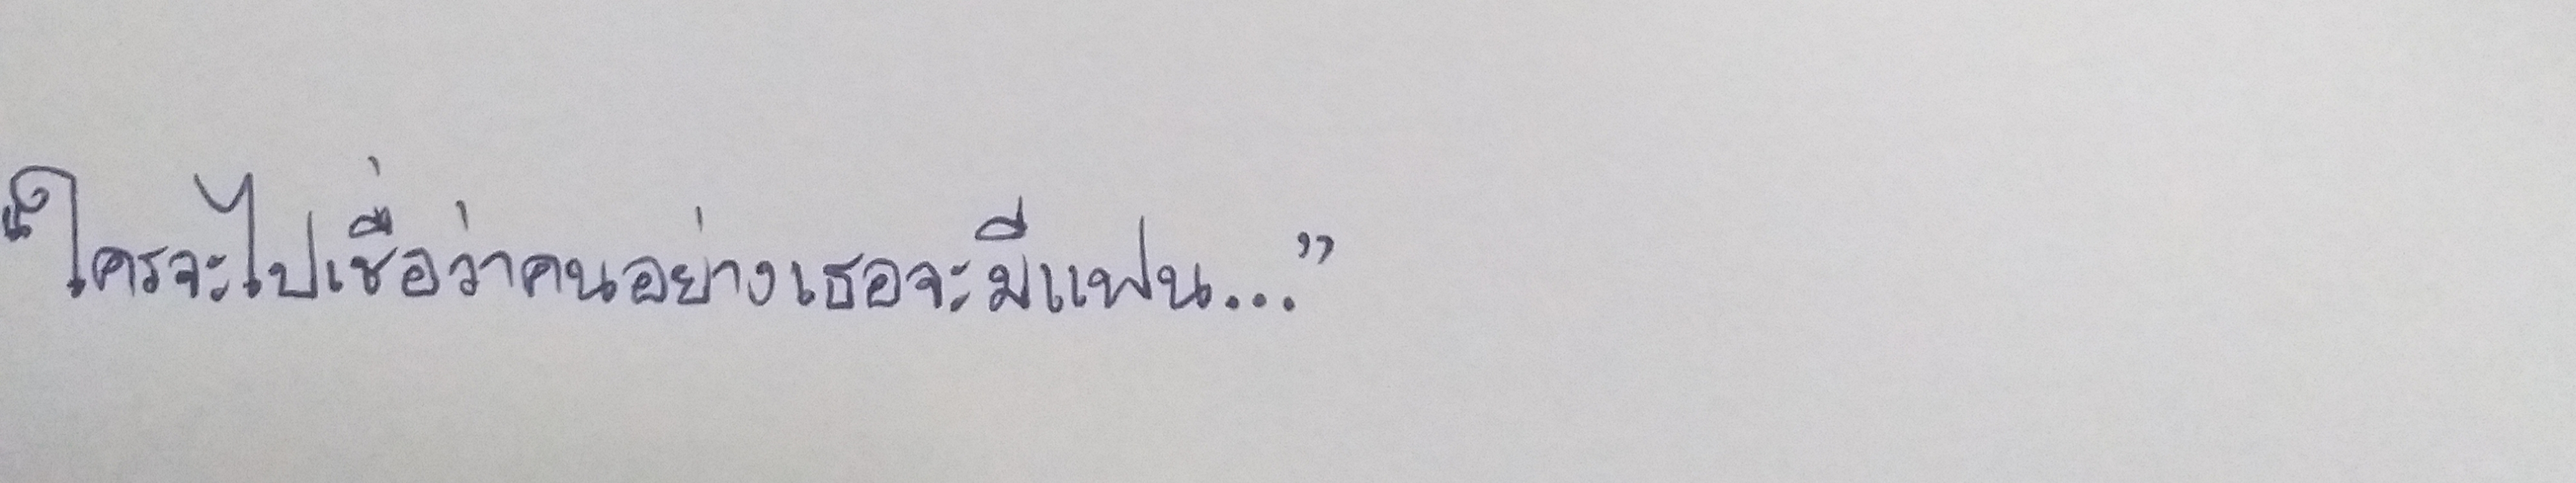
"ใครจะไปเชื่อว่าคนอย่างเธอจะมีแฟน..."